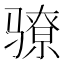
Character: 𬴉